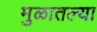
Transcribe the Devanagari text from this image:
मुळातल्या